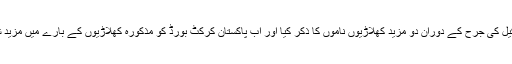
ذرائع کے مطابق اینڈریو افگریو نے پی سی بی اور شرجیل خان کے وکیل کی جرح کے دوران دو مزید کھلاڑیوں ناموں کا ذکر کیا اور اب پاکستان کرکٹ بورڈ کو مذکورہ کھلاڑیوں کے بارے میں مزید شواہد کا انتظار ہے جس کے بعد ہی انہیں نوٹسز جاری کیے جائیں گے۔